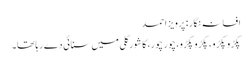
افسانہ نگار : پرویز احمد
پکڑو پکڑو، پکڑو پکڑو،چور چور، کا شورگلی میں سنائی دے رہا تھا۔